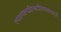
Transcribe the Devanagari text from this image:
त्वदन्यस्मादिच्छाविषयफललाभे